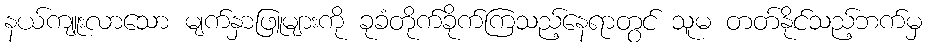
နယ်ကျူးလာသော မျက်နှာဖြူများကို ခုခံတိုက်ခိုက်ကြသည့်နေရာတွင် သူမ တတ်နိုင်သည့်ဘက်မှ